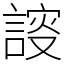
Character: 𧩮